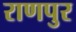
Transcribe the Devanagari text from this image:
राणपुर